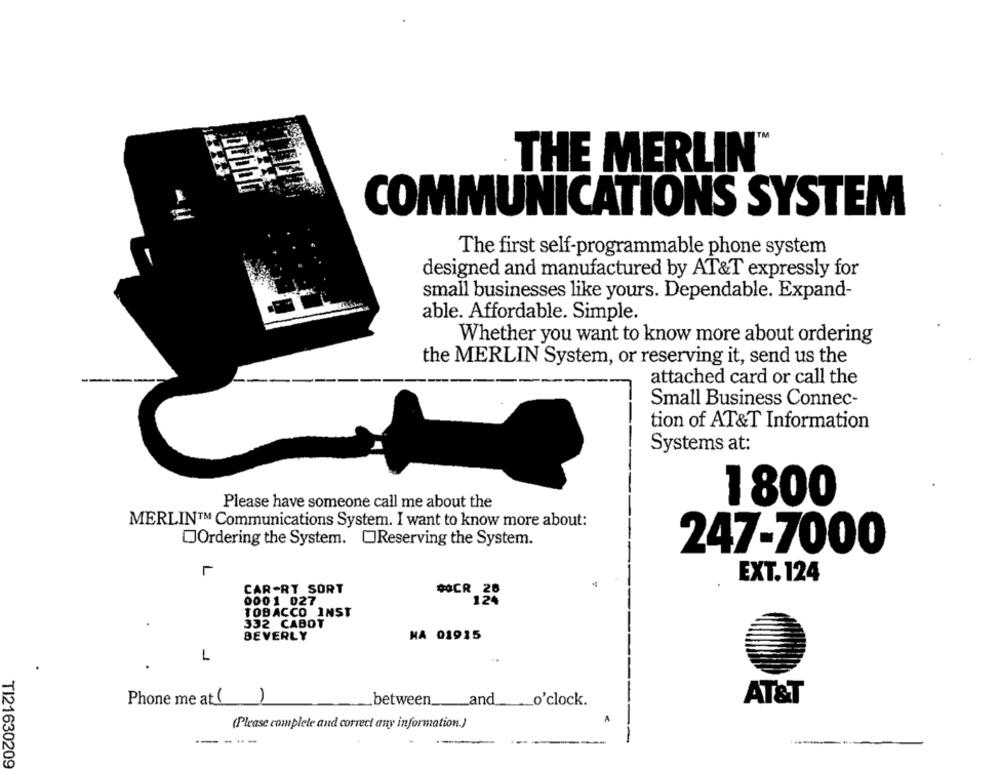
THE MERLIN"
COMMUNICATIONS SYSTEM
The first self-programmable phone system
designed and manufactured by AT&T expressly for
small businesses like yours. Dependable. Expand-
able. Affordable. Simple.
Whether you want to know more about ordering
the MERLIN System, or reserving it, send us the
attached card or call the
Small Business Connec-
tion of AT&T Information
Systems at:
Please have someone call me about the
1800
MERLIN™ Communications System. I want to know more about:
Ordering the System. OReserving the System.
247-7000
EXT. 124
CAR-RT SORT
00CR 28
0001 027
12%
TOBACCO INST
332 CABOT
BEVERLY
NA 01915
1
Phone me at()
AT&T
between ___ and ___ o'clock.
(Please complete and correct any information.)
-----
TI21630209